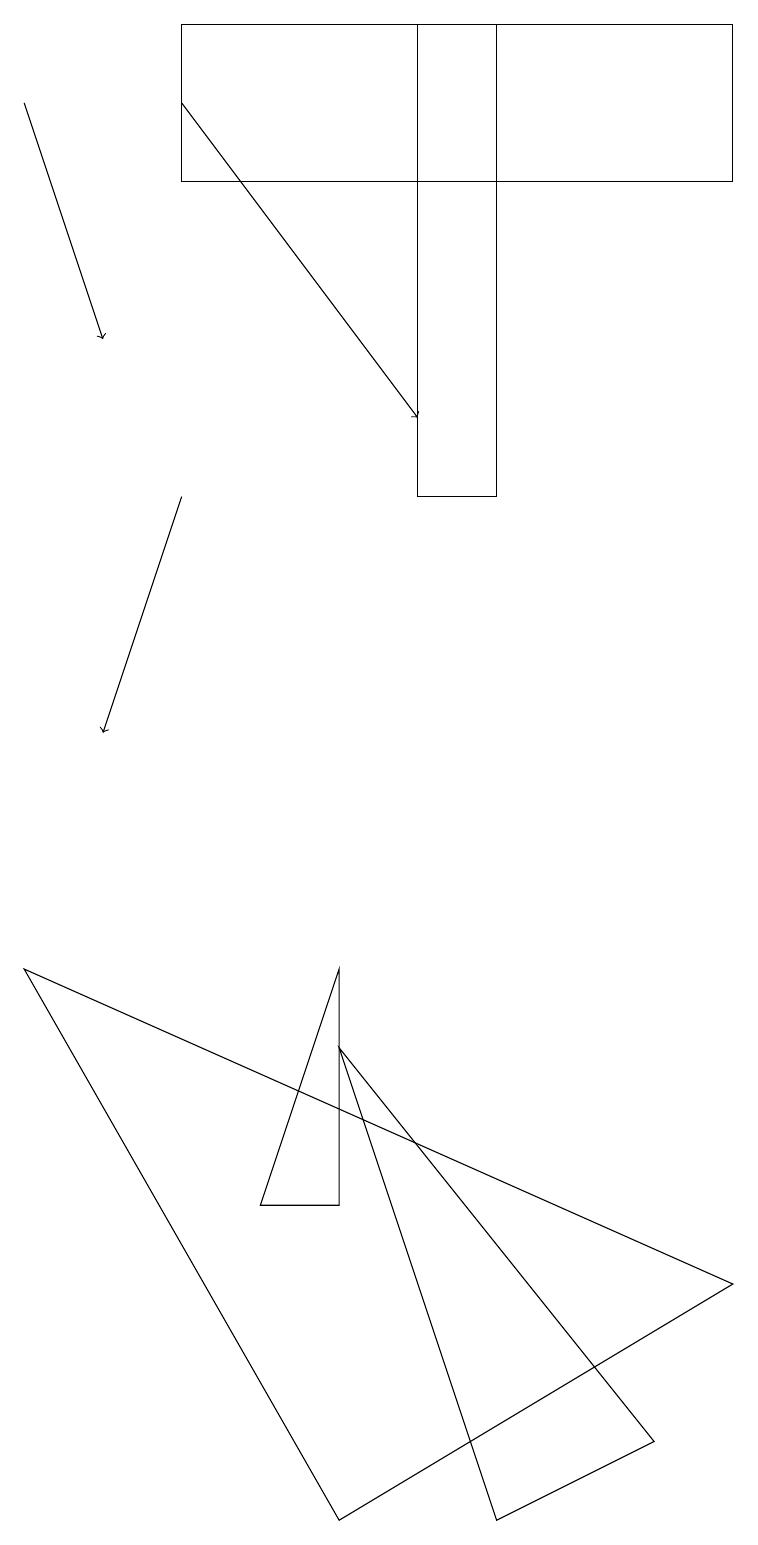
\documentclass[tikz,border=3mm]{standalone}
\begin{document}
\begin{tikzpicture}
\draw (0,7) -- (4,0) -- (9,3) -- cycle;
\draw[->] (2,13) -- (1,10);
\draw (6,19) rectangle (5,13);
\draw (4,4) -- (3,4) -- (4,7) -- cycle;
\draw[->] (0,18) -- (1,15);
\draw (4,6) -- (6,0) -- (8,1) -- cycle;
\draw[->] (2,18) -- (5,14);
\draw (2,17) rectangle (9,19);
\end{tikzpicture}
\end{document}